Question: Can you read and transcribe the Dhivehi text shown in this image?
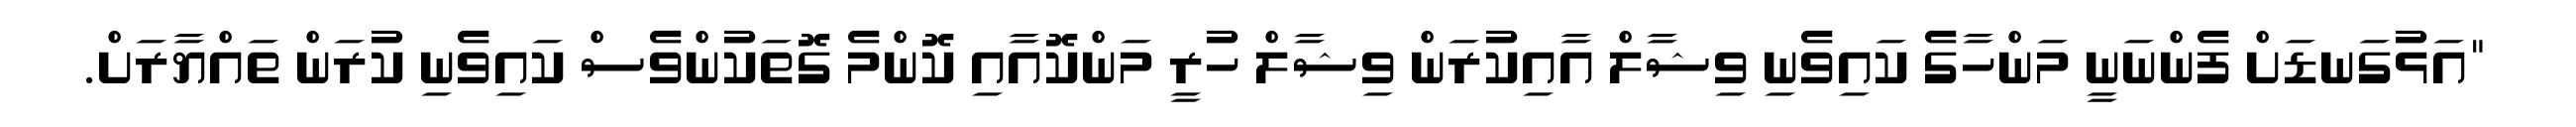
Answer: "އަޅުގަނޑަށް ފެންނަނީ މަންހާގެ ކައިވެނި ވިޝާލް އާއިކުރަން ވިޝާލް ހުރީ މަންކޮއާއި ކޮންމެ ގޮތަކުންވެސް ކައިވެނި ކުރަން ތައްޔާރަށް.